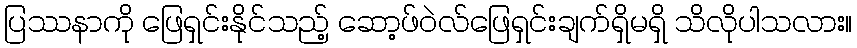
ပြဿနာကို ဖြေရှင်းနိုင်သည့် ဆော့ဖ်ဝဲလ်ဖြေရှင်းချက်ရှိမရှိ သိလိုပါသလား။